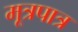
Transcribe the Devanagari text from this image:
मूत्रपात्र